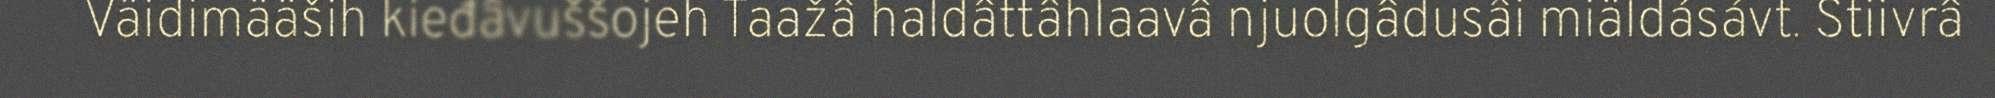
Väidimääših kieđâvuššojeh Taažâ haldâttâhlaavâ njuolgâdusâi miäldásávt. Stiivrâ